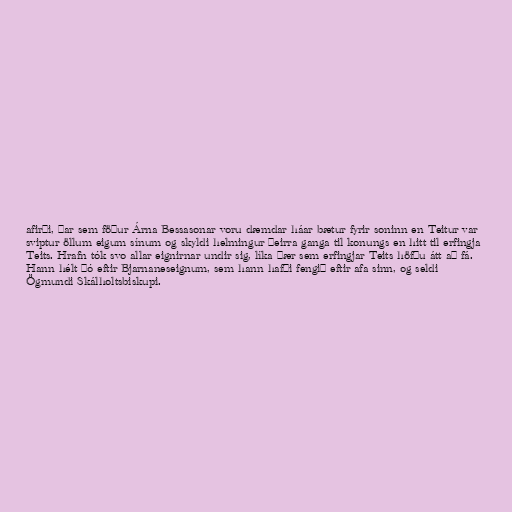
afirði, þar sem föður Árna Bessasonar voru dæmdar háar bætur fyrir soninn en Teitur var
sviptur öllum eigum sínum og skyldi helmingur þeirra ganga til konungs en hitt til erfingja
Teits. Hrafn tók svo allar eignirnar undir sig, líka þær sem erfingjar Teits höfðu átt að fá.
Hann hélt þó eftir Bjarnaneseignum, sem hann hafði fengið eftir afa sinn, og seldi
Ögmundi Skálholtsbiskupi.